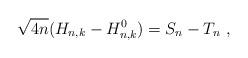
LaTeX: \begin{align*} \sqrt{4n}( H_{n, k} - H_{n, k}^0) = S_n - T_n~, \end{align*}